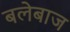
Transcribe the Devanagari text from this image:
बलेबाज